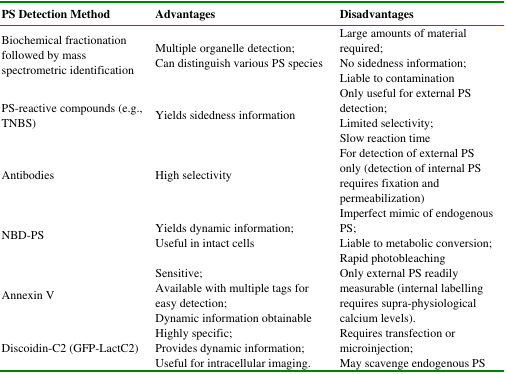
<table><thead><tr><td><b>PS Detection Method</b></td><td><b>Advantages</b></td><td><b>Disadvantages</b></td></tr></thead><tbody><tr><td>Biochemical fractionation followed by mass spectrometric identification</td><td>Multiple organelle detection;Can distinguish various PS species</td><td rowspan="6">Large amounts of material required;No sidedness information;Liable to contaminationOnly useful for external PS detection;Limited selectivity;Slow reaction timeFor detection of external PS only (detection of internal PS requires fixation and permeabilization)Imperfect mimic of endogenous PS;Liable to metabolic conversion;Rapid photobleachingOnly external PS readily measurable (internal labelling requires supra-physiological calcium levels).Requires transfection or microinjection;May scavenge endogenous PS</td></tr><tr><td>PS-reactive compounds (e.g., TNBS)</td><td>Yields sidedness information</td></tr><tr><td>Antibodies</td><td>High selectivity</td></tr><tr><td>NBD-PS</td><td>Yields dynamic information;Useful in intact cells</td></tr><tr><td>Annexin V</td><td>Sensitive;Available with multiple tags for easy detection;Dynamic information obtainable</td></tr><tr><td>Discoidin-C2 (GFP-LactC2)</td><td>Highly specific;Provides dynamic information;Useful for intracellular imaging.</td></tr></tbody></table>